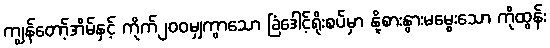
ကျွန်တော့်အိမ်နှင့် ကိုက်၂၀၀မျှကွာသော ခြံဒေါင့်ရိုးစပ်မှာ နို့စားနွားမမွေးသော ကိုထွန်း